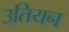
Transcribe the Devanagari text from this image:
उतियन